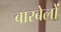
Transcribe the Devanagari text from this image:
बारबेलों